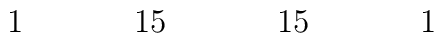
\begin{array}{ccccccccccccccccc}&&1&&&&15&&&&15&&&&1&&\\\end{array}